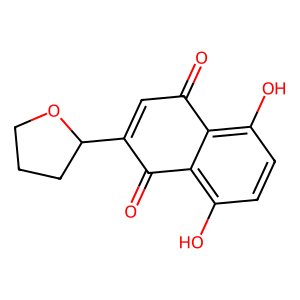
SMILES: O=C1C=C(C2CCCO2)C(=O)c2c(O)ccc(O)c21
Inhibits HIV replication: No